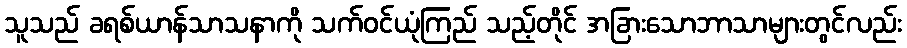
သူသည် ခရစ်ယာန်သာသနာကို သက်ဝင်ယုံကြည် သည့်တိုင် အခြားသောဘာသာများတွင်လည်း